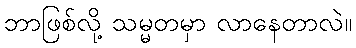
ဘာဖြစ်လို့ သမ္မတမှာ လာနေတာလဲ။